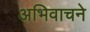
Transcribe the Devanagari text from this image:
अभिवाचने